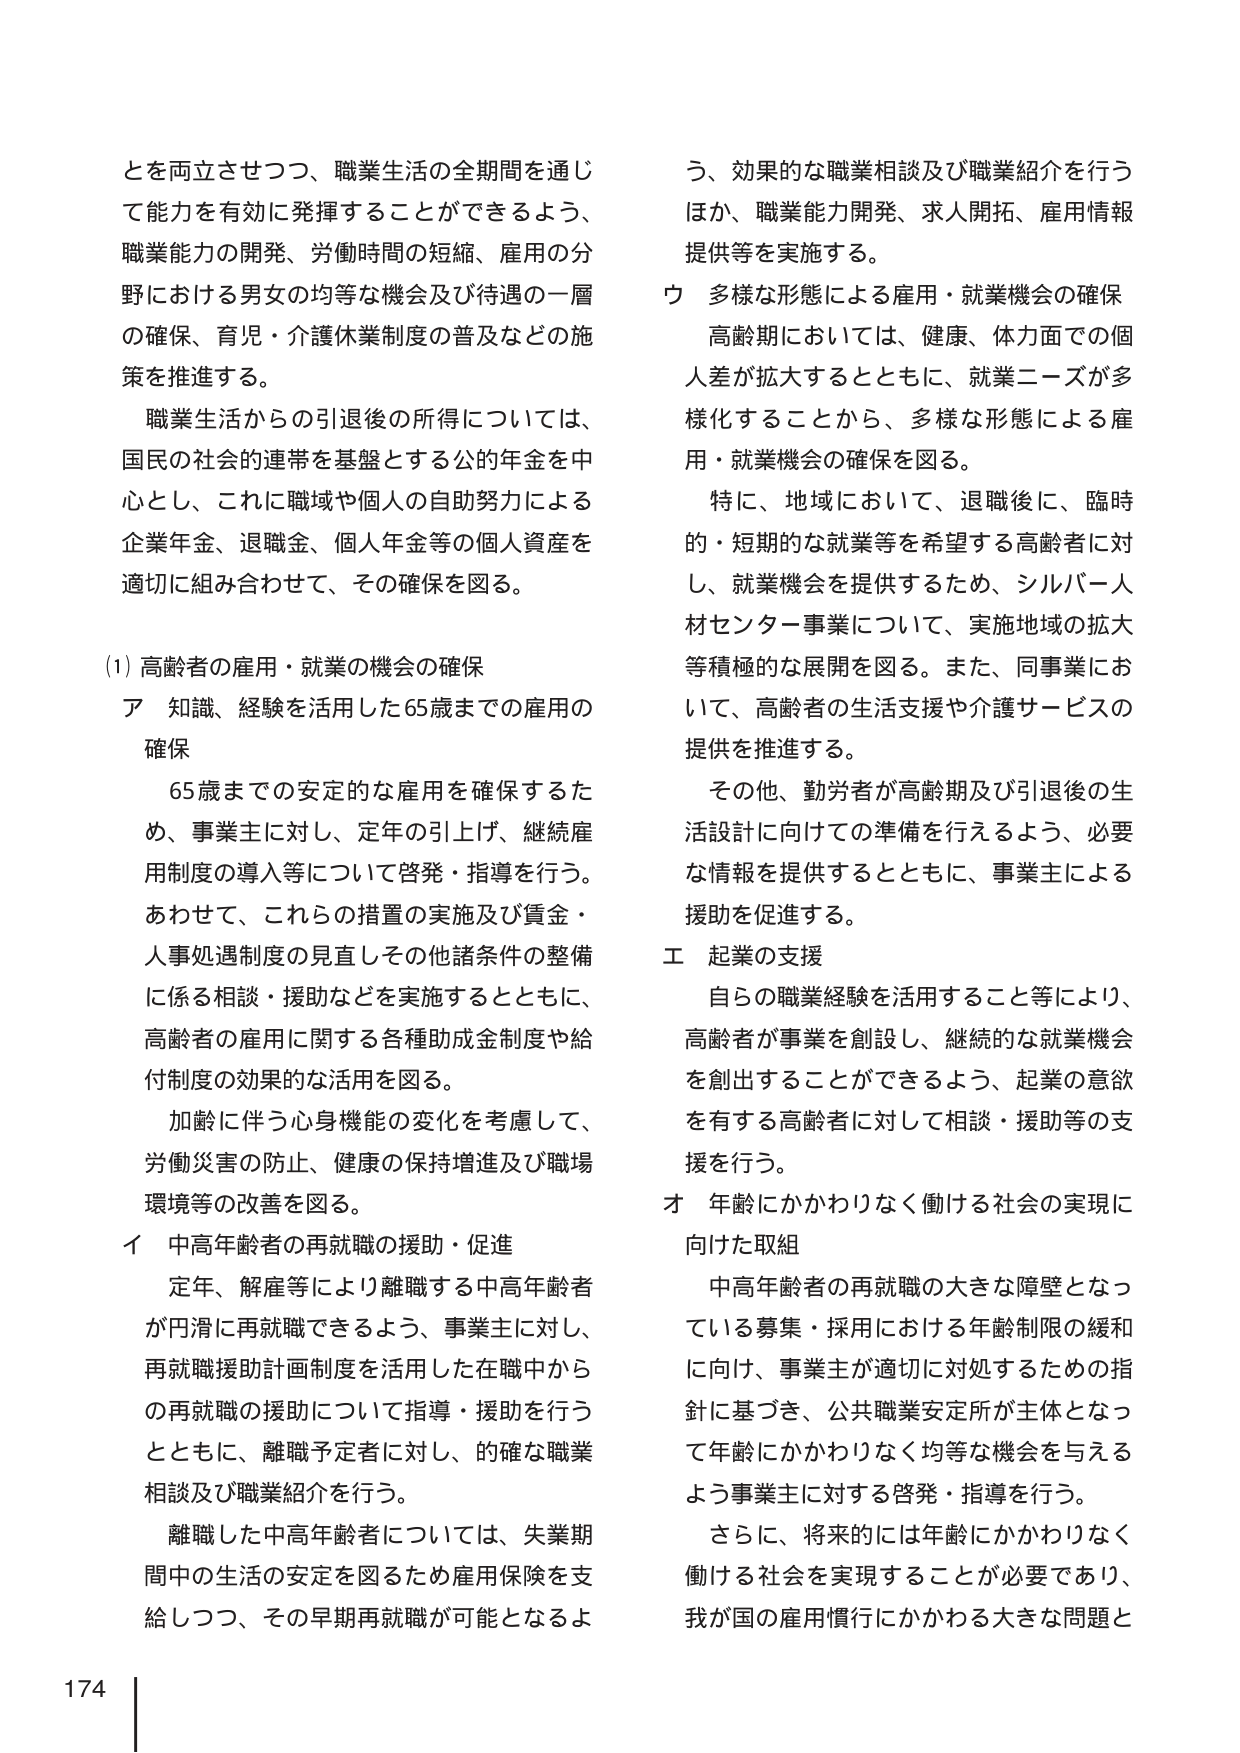
とを両立させつつ、職業生活の全期間を通じて能力を有効に発揮することができるよう、職業能力の開発、労働時間の短縮、雇用の分野における男女の均等な機会及び待遇の一層の確保、育児・介護休業制度の普及などの施策を推進する。

職業生活からの引退後の所得については、国民の社会的連帯を基盤とする公的年金を中心とし、これに職域や個人の自助努力による企業年金、退職金、個人年金等の個人資産を適切に組み合わせて、その確保を図る。

(1) 高齢者の雇用・就業の機会の確保

ア 知識、経験を活用した65歳までの雇用の確保

65歳までの安定的な雇用を確保するため、事業主に対し、定年の引上げ、継続雇用制度の導入等について啓発・指導を行う。あわせて、これらの措置の実施及び賃金・人事処遇制度の見直しその他諸条件の整備に係る相談・援助などを実施するとともに、高齢者の雇用に関する各種助成金制度や給付制度の効果的な活用を図る。

加齢に伴う心身機能の変化を考慮して、労働災害の防止、健康の保持増進及び職場環境等の改善を図る。

イ 中高年齢者の再就職の援助・促進

定年、解雇等により離職する中高年齢者が円滑に再就職できるよう、事業主に対し、再就職援助計画制度を活用した在職中からの再就職の援助について指導・援助を行うとともに、離職予定者に対し、的確な職業相談及び職業紹介を行う。

離職した中高年齢者については、失業期間中の生活の安定を図るため雇用保険を支給しつつ、その早期再就職が可能となるよう、効果的な職業相談及び職業紹介を行うほか、職業能力開発、求人開拓、雇用情報提供等を実施する。

ウ 多様な形態による雇用・就業機会の確保

高齢期においては、健康、体力面での個人差が拡大するとともに、就業ニーズが多様化することから、多様な形態による雇用・就業機会の確保を図る。

特に、地域において、退職後に、臨時的・短期的な就業等を希望する高齢者に対し、就業機会を提供するため、シルバー人材センター事業について、実施地域の拡大等積極的な展開を図る。また、同事業において、高齢者の生活支援や介護サービスの提供を推進する。

その他、勤労者が高齢期及び引退後の生活設計に向けての準備を行えるよう、必要な情報を提供するとともに、事業主による援助を促進する。

エ 起業の支援

自らの職業経験を活用すること等により、高齢者が事業を創設し、継続的な就業機会を創出することができるよう、起業の意欲を有する高齢者に対して相談・援助等の支援を行う。

オ 年齢にかかわりなく働ける社会の実現に向けた取組

中高年齢者の再就職の大きな障壁となっている募集・採用における年齢制限の緩和に向け、事業主が適切に対処するための指針に基づき、公共職業安定所が主体となって年齢にかかわりなく均等な機会を与えるよう事業主に対する啓発・指導を行う。

さらに、将来的には年齢にかかわりなく働ける社会を実現することが必要であり、我が国の雇用慣行にかかわる大きな問題と

174